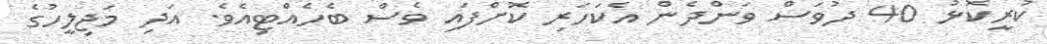
ކުރީކޮޅު 40 ދުވަސް ވަންދެން އެކަހަރި ކޮށްފައި ވެސް ބެހެއްޓިއެވެ. އަދި މަޖިލީހުގެ